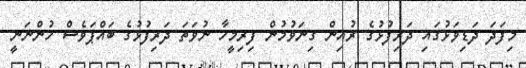
މިފަދަ ދަޑިވަޅުގައި ދަރިފުޅުގެ ރުއިން ގިނަވުމުން ފިރިމީހާ ނުވަތަ ދަރިފުޅުގެ ބައްޕަވެސް ހުންނަނީ